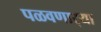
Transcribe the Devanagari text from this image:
पळवणार्‍या